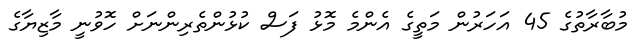
މުބާރާތުގެ 45 އަހަރުން މަތީގެ އެންމެ މޮޅު ފަސް ކުޅުންތެރިންނަށް ހޮވުނީ މާޒިޔާގެ